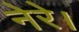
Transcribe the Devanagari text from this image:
नेरे।